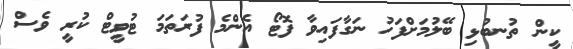
ކީން ތުނބުޅި ބޭލުމަށްފަހު ނަގާފައިވާ ފޮޓޯ އެންމެ ފުރަތަމަ ޓުވީޓް ކުރީ ވެސް